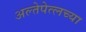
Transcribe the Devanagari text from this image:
अल्तेपेत्लच्या